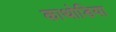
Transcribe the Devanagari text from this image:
काथोडिया